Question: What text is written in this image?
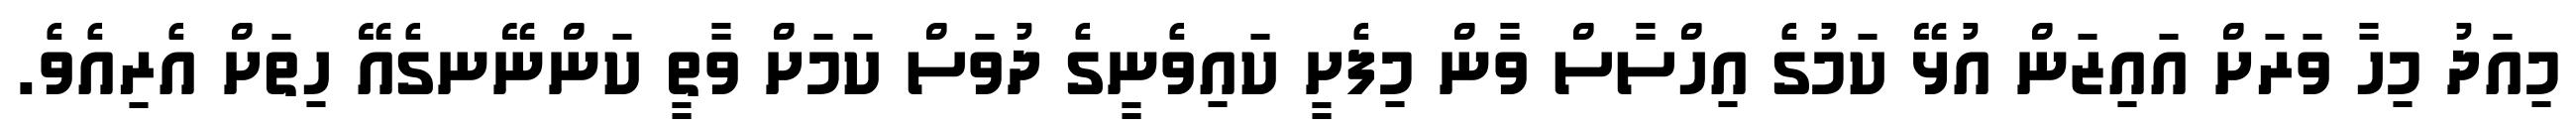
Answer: މިއަދު މިހާ ވަރަށް އައިޒަން އުޅޭ ކަމުގެ އިހްސާސް ވާން މިފެށީ ކައިވެނީގެ ދުވަސް ކަމަށް ވާތީ ކަންނޭނގެއޭ ހިތަށް އެރިއެވެ.